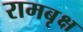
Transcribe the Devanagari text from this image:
रामबृक्ष